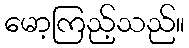
မော့ကြည့်သည်။